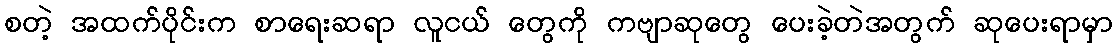
စတဲ့ အထက်ပိုင်းက စာရေးဆရာ လူငယ် တွေကို ကဗျာဆုတွေ ပေးခဲ့တဲအတွက် ဆုပေးရာမှာ